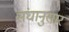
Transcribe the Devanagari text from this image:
संघानुसार